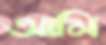
আমি